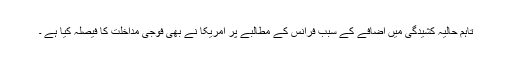
تاہم حالیہ کشیدگی میں اضافے کے سبب فرانس کے مطالبے پر امریکا نے بھی فوجی مداخلت کا فیصلہ کیا ہے ۔